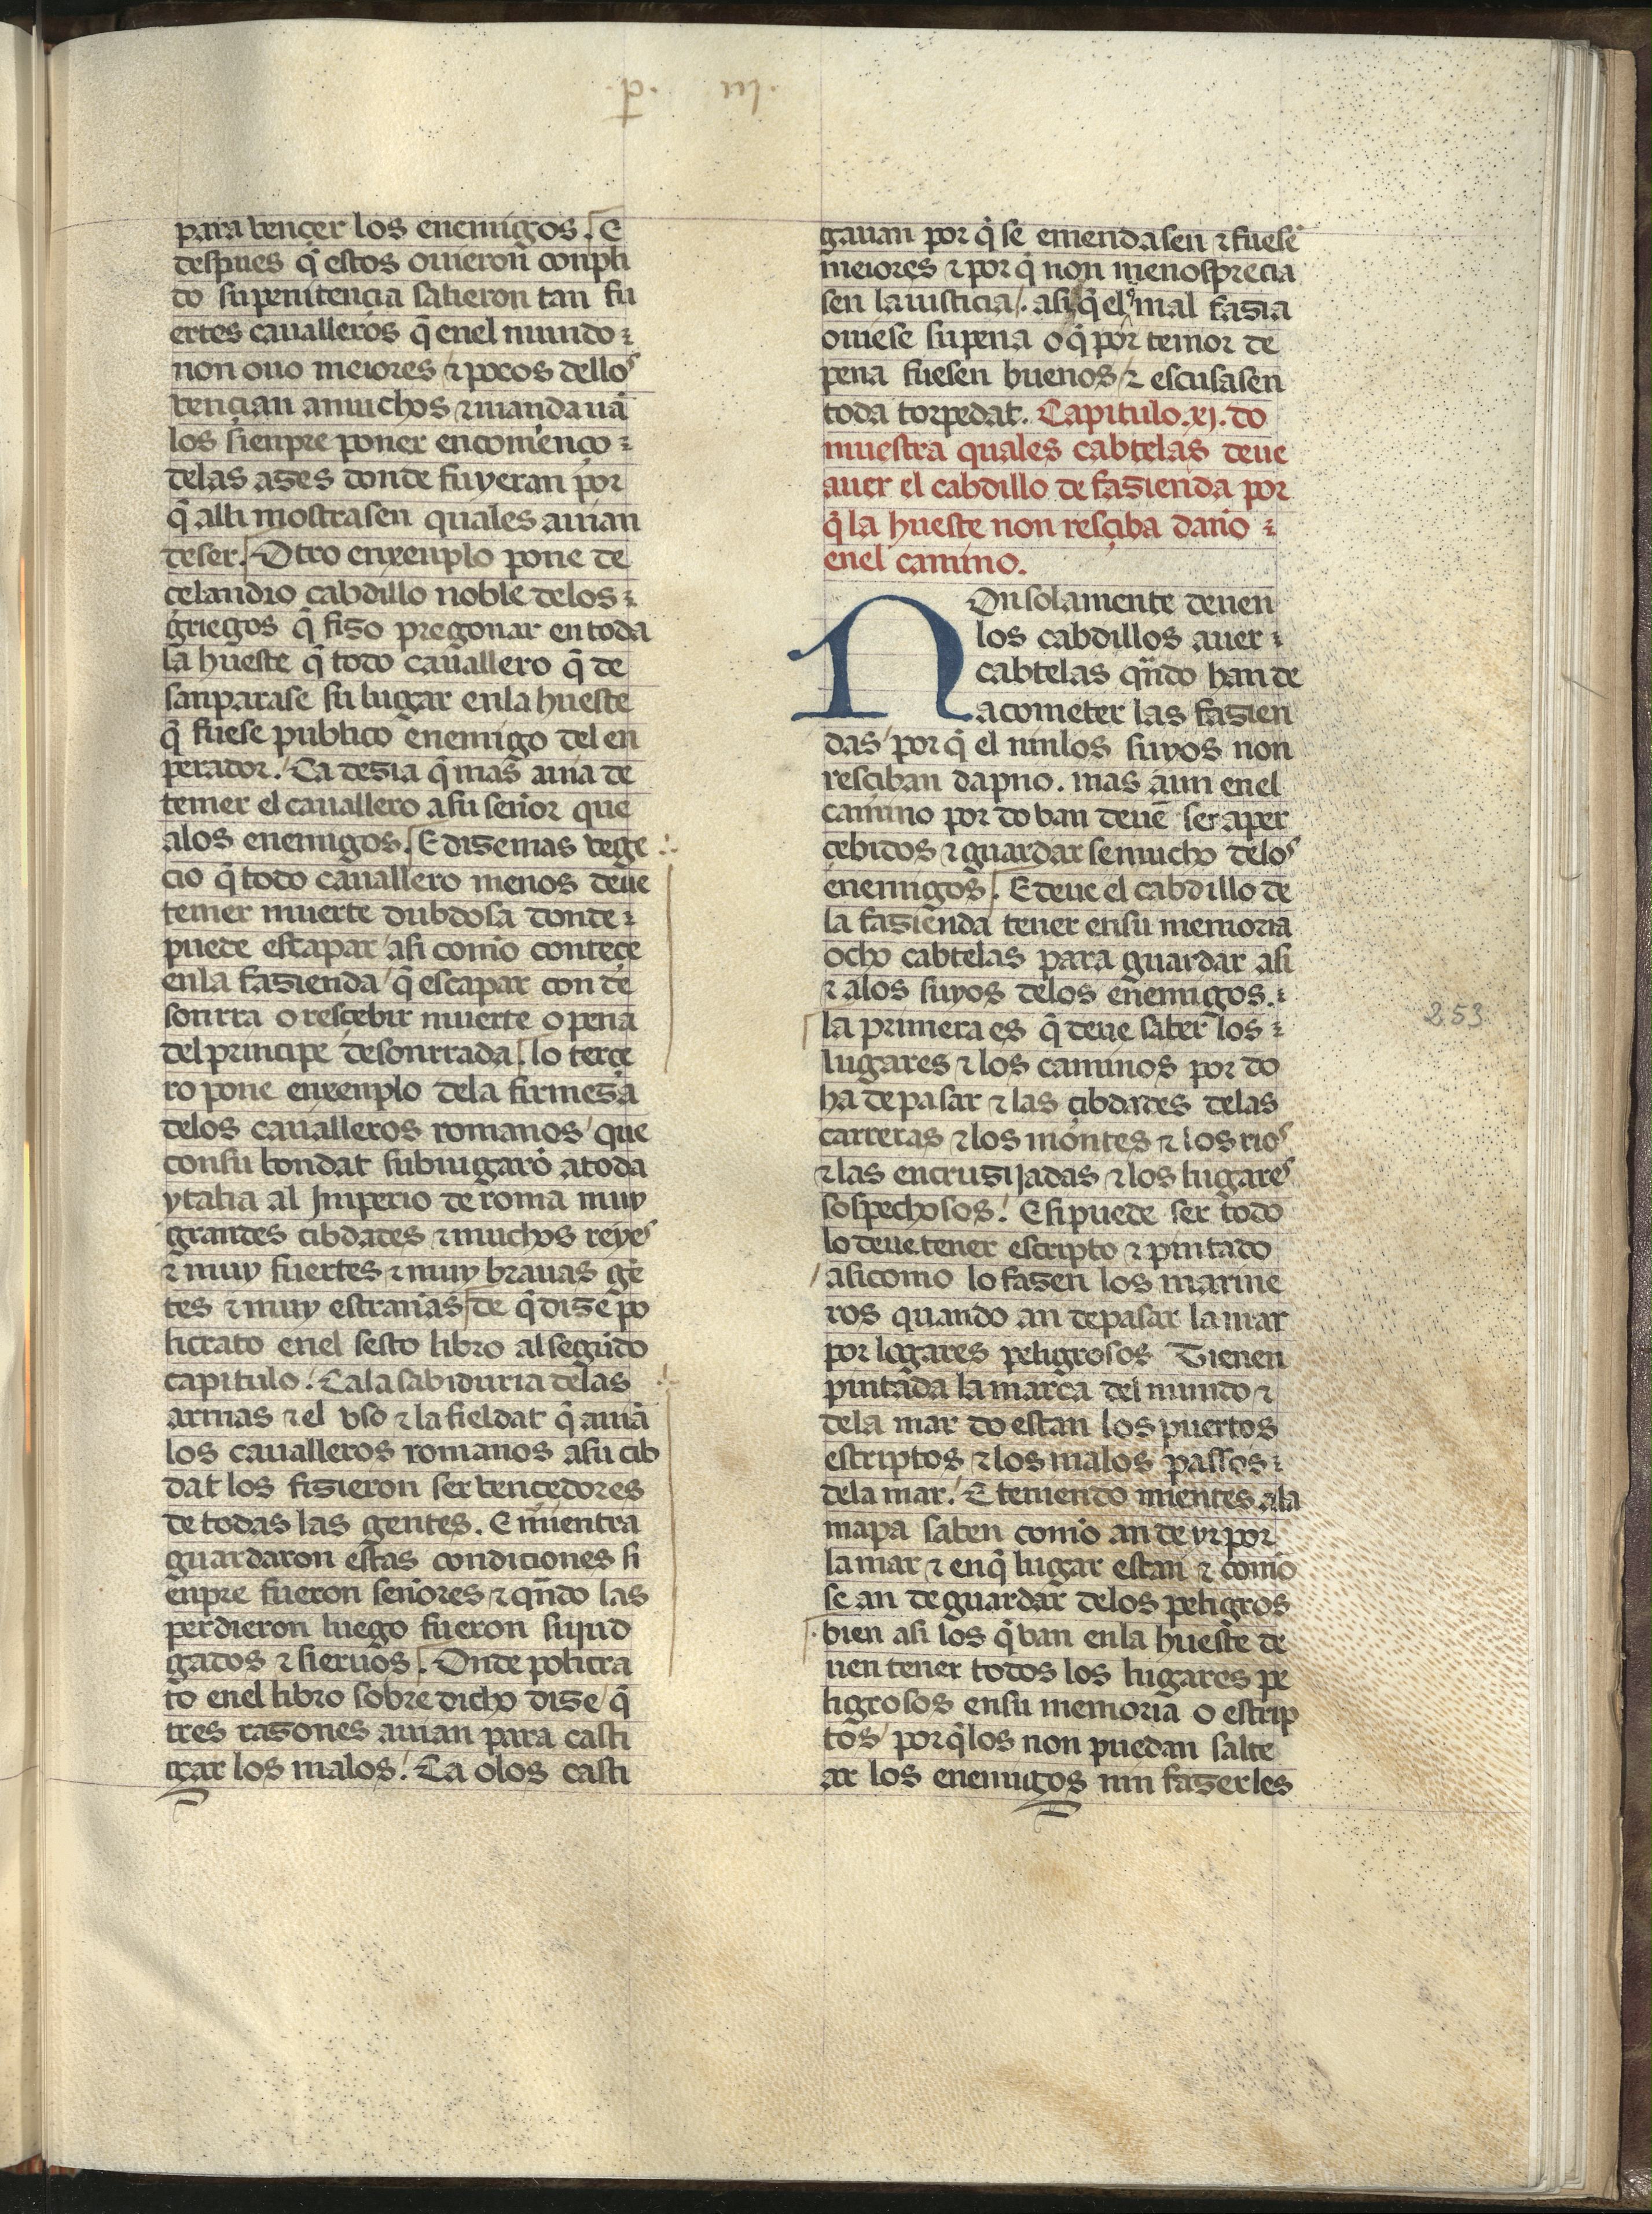
Shelfmark: Madrid, Fundación Lázaro Galdiano, mss 289
Century: 15